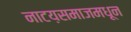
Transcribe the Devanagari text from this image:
नाटय़समाजमधून